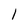
Character: 1